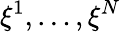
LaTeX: \xi^{1},\dots,\xi^{N}